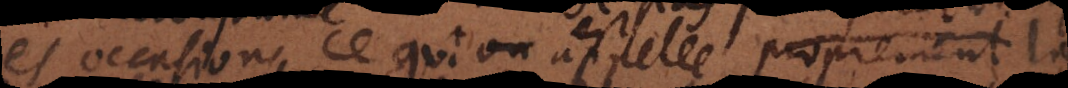
les occasions ce qu’on appelle proprement la